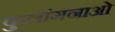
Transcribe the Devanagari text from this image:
कुलांगनाओं